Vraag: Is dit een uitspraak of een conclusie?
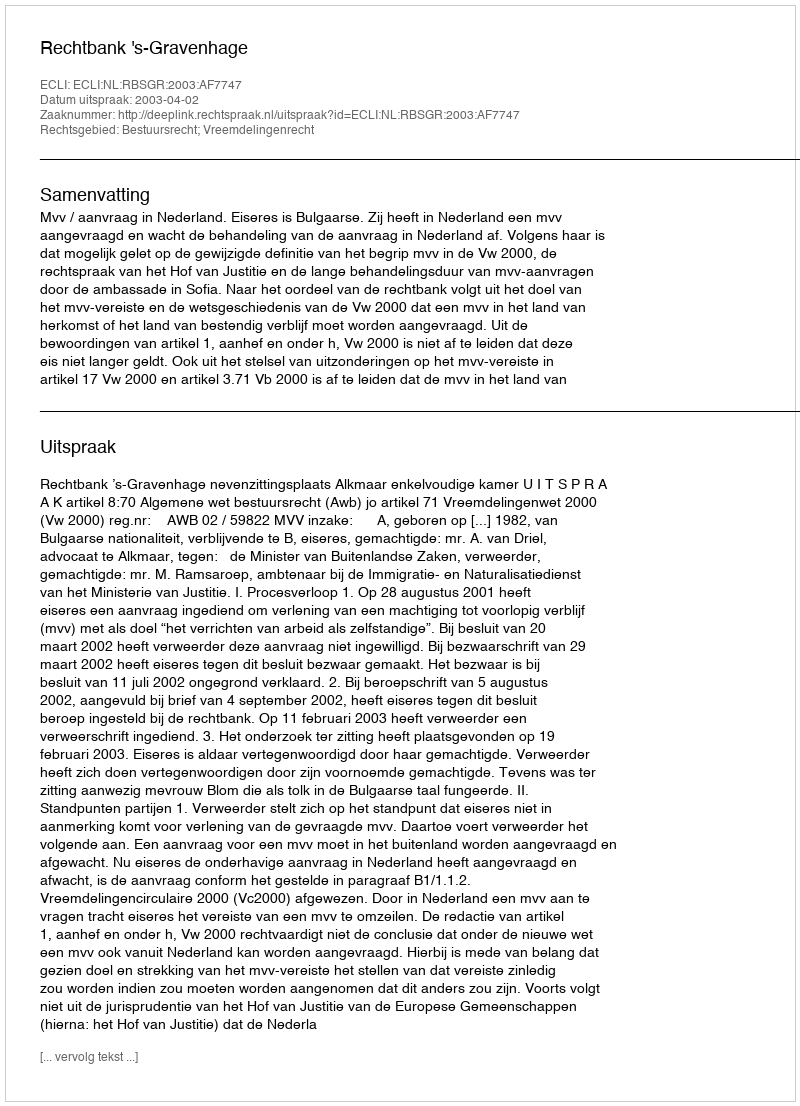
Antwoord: Uitspraak